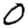
Digit: 0